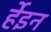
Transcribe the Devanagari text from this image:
र्हेइन